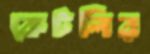
কেটলির